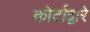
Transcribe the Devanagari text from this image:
कोर्टाद्वारे